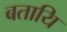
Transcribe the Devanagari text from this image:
बतायि